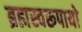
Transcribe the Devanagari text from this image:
ब्रह्मस्वरूपायो